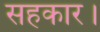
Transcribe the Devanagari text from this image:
सहकार।